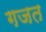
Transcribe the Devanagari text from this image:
गजत